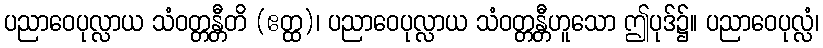
ပညာဝေပုလ္လာယ သံဝတ္တန္တီတိ (ဧတ္ထ)၊ ပညာဝေပုလ္လာယ သံဝတ္တန္တီဟူသော ဤပုဒ်၌။ ပညာဝေပုလ္လံ၊